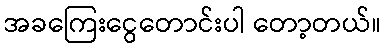
အခကြေးငွေတောင်းပါ တော့တယ်။